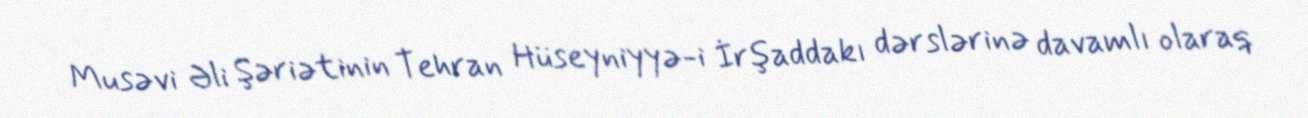
Musəvi Əli Şəriətinin Tehran Hüseyniyyə-i İrşaddakı dərslərinə davamlı olaraq